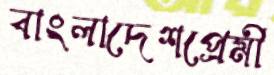
বাংলাদেশপ্রেমী